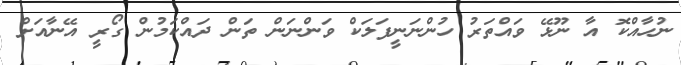
ނުހާއްކޮ އާ ނޫޅޭ ވައްތަރު ހުންނަނީފަލަކް ވަންނަން ތަން ދައްކަމުން ގޯރީ އޭނާއަށް